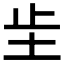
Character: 𫭠